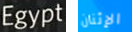
Egypt الإثنان